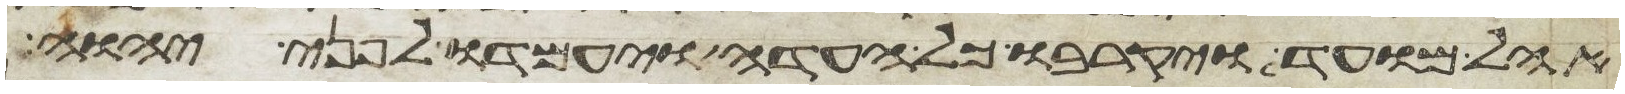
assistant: אהל מועד ויקרבו כל העדה ויעמדו לפני יהוה